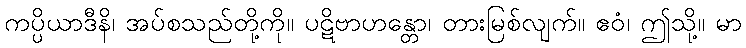
ကပ္ပိယာဒီနိ၊ အပ်စသည်တို့ကို။ ပဋိဗာဟန္တော၊ တားမြစ်လျက်။ ဧဝံ၊ ဤသို့။ မာ